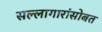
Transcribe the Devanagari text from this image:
सल्लागारांसोबत